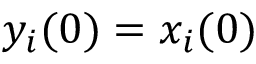
y _ { i } ( 0 ) = x _ { i } ( 0 )